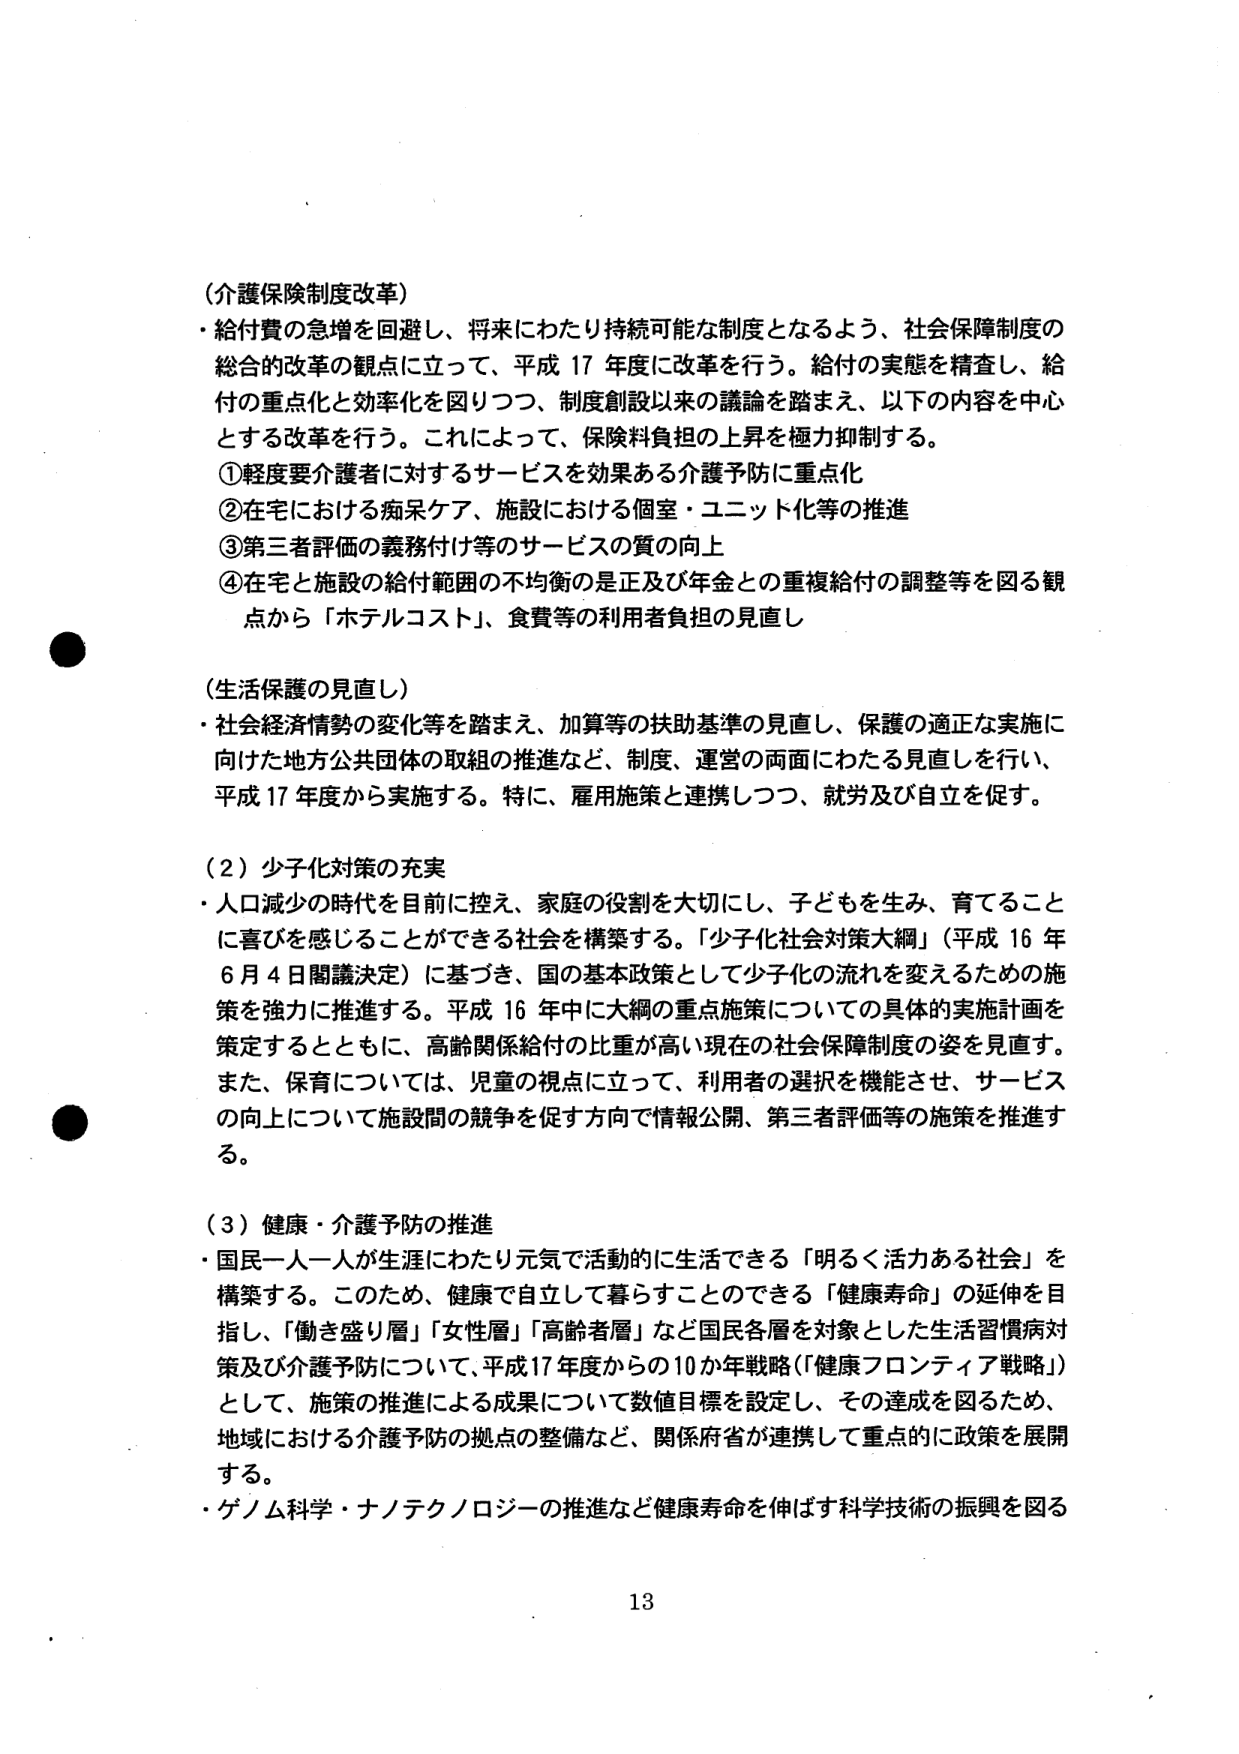
（介護保険制度改革）
・給付費の急増を回避し、将来にわたり持続可能な制度となるよう、社会保障制度の
総合的改革の観点に立って、平成17年度に改革を行う。給付の実態を精査し、給
付の重点化と効率化を図りつつ、制度創設以来の議論を踏まえ、以下の内容を中心
とする改革を行う。これによって、保険料負担の上昇を極力抑制する。
①軽度要介護者に対するサービスを効果ある介護予防に重点化
②在宅における痴呆ケア、施設における個室・ユニット化等の推進
③第三者評価の義務付け等のサービスの質の向上
④在宅と施設の給付範囲の不均衡の是正及び年金との重複給付の調整等を図る観
点から「ホテルコスト」、食費等の利用者負担の見直し

（生活保護の見直し）
・社会経済情勢の変化等を踏まえ、加算等の扶助基準の見直し、保護の適正な実施に
向けた地方公共団体の取組の推進など、制度、運営の両面にわたる見直しを行い、
平成17年度から実施する。特に、雇用施策と連携しつつ、就労及び自立を促す。

（2）少子化対策の充実
・人口減少の時代を目前に控え、家庭の役割を大切にし、子どもを生み、育てること
に喜びを感じることができる社会を構築する。「少子化社会対策大綱」（平成16年
6月4日閣議決定）に基づき、国の基本政策として少子化の流れを変えるための施
策を強力に推進する。平成16年中に大綱の重点施策についての具体的実施計画を
策定するとともに、高齢関係給付の比重が高い現在の社会保障制度の姿を見直す。
また、保育については、児童の視点に立って、利用者の選択を機能させ、サービス
の向上について施設間の競争を促す方向で情報公開、第三者評価等の施策を推進す
る。

（3）健康・介護予防の推進
・国民一人一人が生涯にわたり元気で活動的に生活できる「明るく活力ある社会」を
構築する。このため、健康で自立して暮らすことのできる「健康寿命」の延伸を目
指し、「働き盛り層」「女性層」「高齢者層」など国民各層を対象とした生活習慣病対
策及び介護予防について、平成17年度からの10か年戦略（「健康フロンティア戦略」）
として、施策の推進による成果について数値目標を設定し、その達成を図るため、
地域における介護予防の拠点の整備など、関係府省が連携して重点的に政策を展開
する。
・ゲノム科学・ナノテクノロジーの推進など健康寿命を伸ばす科学技術の振興を図る

13